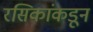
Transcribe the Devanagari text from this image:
रसिकांकडून